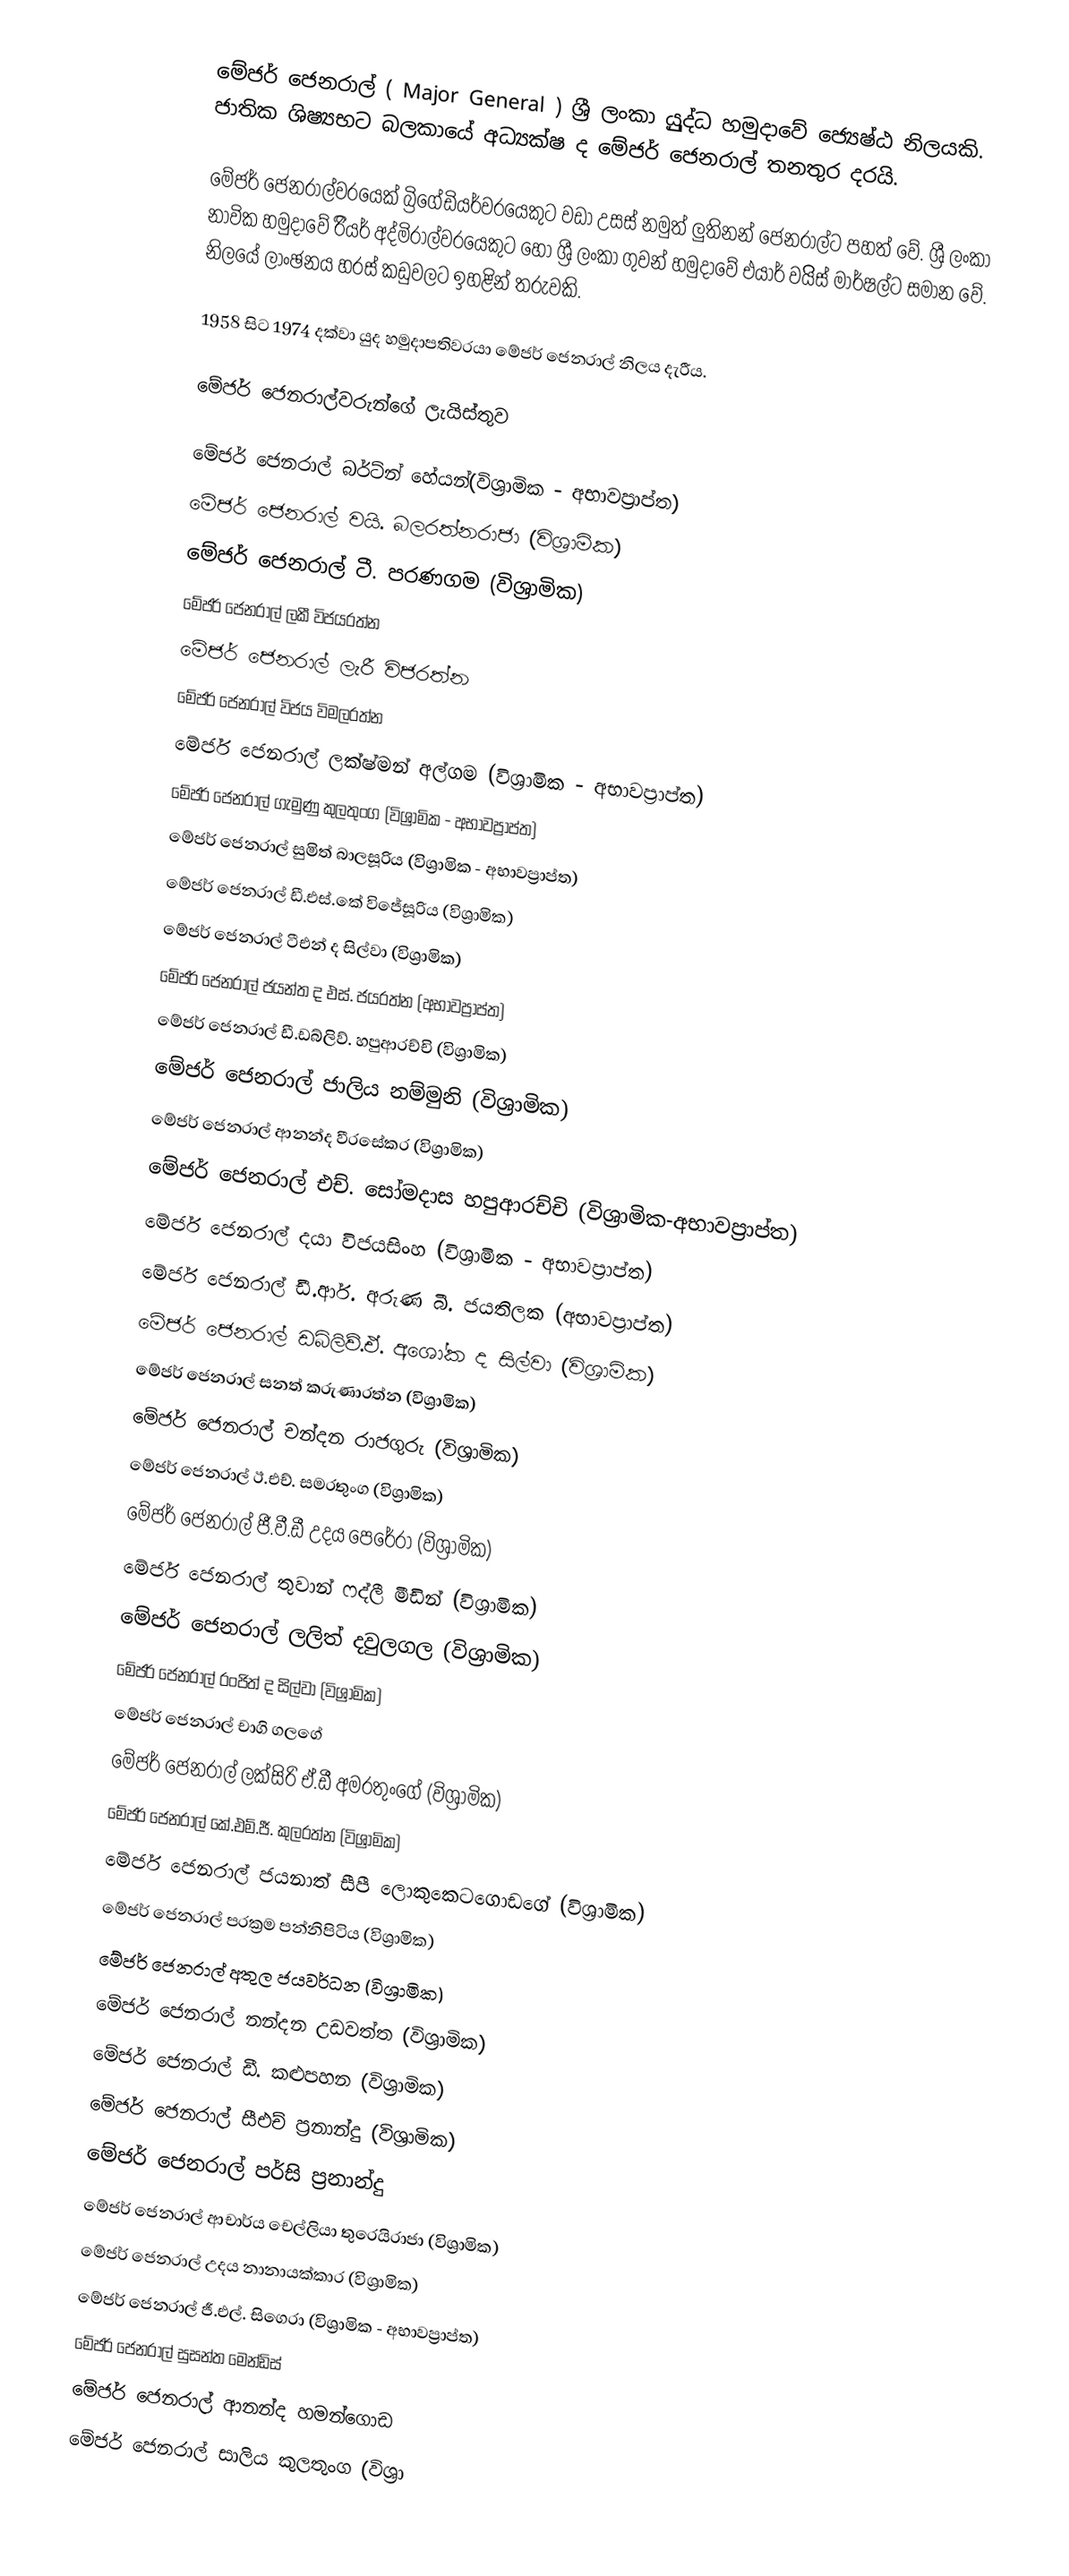
මේජර් ජෙනරාල් ( Major General ) ශ්‍රී ලංකා යුුුුද්ධ හමුදාවේ ජ්‍යෙෂ්ඨ නිලයකි. ජාතික ශිෂ්‍යභට බලකායේ අධ්‍යක්ෂ ද මේජර් ජෙනරාල් තනතුර දරයි.

මේජර් ජෙනරාල්වරයෙක් බ්‍රිගේඩියර්වරයෙකුට වඩා උසස් නමුත් ලුතිනන් ජෙනරාල්ට පහත් වේ. ශ්‍රී ලංකා නාවික හමුදාවේ රිියර් අද්මිරාල්වරයෙකුට හෝ ශ්‍රී ලංකා ගුවන් හමුදාවේ එයාර් වයිිස් මාර්ෂල්ට සමාන වේ. නිලයේ ලාංඡනය හරස් කඩුවලට ඉහළින් තරුවකි.

1958 සිට 1974 දක්වා යුද හමුදාපතිවරයා මේජර් ජෙනරාල් නිලය දැරීය.

මේජර් ජෙනරාල්වරුන්ගේ ලැයිස්තුව

 මේජර් ජෙනරාල් බර්ට්න් හේයන්(විශ්‍රාමික - අභාවප්‍රාප්ත)
 මේජර් ජෙනරාල් වයි. බලරත්නරාජා (විශ්‍රාමික)
 මේජර් ජෙනරාල් ටී. පරණගම (විශ්‍රාමික)
 මේජර් ජෙනරාල් ලකී විජයරත්න
 මේජර් ජෙනරාල් ලැරී විජරත්න
 මේජර් ජෙනරාල් විජය විමලරත්න
 මේජර් ජෙනරාල් ලක්ෂ්මන් අල්ගම (විශ්‍රාමික - අභාවප්‍රාප්ත)
 මේජර් ජෙනරාල් ගැමුණු කුලතුංග (විශ්‍රාමික - අභාවප්‍රාප්ත)
 මේජර් ජෙනරාල් සුමිත් බාලසූරිය (විශ්‍රාමික - අභාවප්‍රාප්ත)
 මේජර් ජෙනරාල් ඩී.එස්.කේ විජේසූරිය (විශ්‍රාමික)
 මේජර් ජෙනරාල් ටීඑන් ද සිල්වා (විශ්‍රාමික)
 මේජර් ජෙනරාල් ජයන්ත ද එස්. ජයරත්න (අභාවප්‍රාප්ත)
 මේජර් ජෙනරාල් ඩී.ඩබ්ලිව්. හපුආරච්චි (විශ්‍රාමික)
 මේජර් ජෙනරාල් ජාලිය නම්මුනි (විශ්‍රාමික)
 මේජර් ජෙනරාල් ආනන්ද වීරසේකර (විශ්‍රාමික)
 මේජර් ජෙනරාල් එච්. සෝමදාස හපුආරච්චි (විශ්‍රාමික-අභාවප්‍රාප්ත)
 මේජර් ජෙනරාල් දයා විජයසිංහ (විශ්‍රාමික - අභාවප්‍රාප්ත)
 මේජර් ජෙනරාල් ඩී.ආර්. අරුණ බී. ජයතිලක (අභාවප්‍රාප්ත)
 මේජර් ජෙනරාල් ඩබ්ලිව්.ඒ. අශෝක ද සිල්වා (විශ්‍රාමික)
 මේජර් ජෙනරාල් සනත් කරුණාරත්න (විශ්‍රාමික)
 මේජර් ජෙනරාල් චන්දන රාජගුරු (විශ්‍රාමික)
 මේජර් ජෙනරාල් ඊ.එච්. සමරතුංග (විශ්‍රාමික)
 මේජර් ජෙනරාල් ජී.වී.ඩී උදය පෙරේරා (විශ්‍රාමික)
 මේජර් ජෙනරාල් තුවාන් ෆද්ලී මීඩින් (විශ්‍රාමික)
 මේජර් ජෙනරාල් ලලිත් දවුලගල (විශ්‍රාමික)
 මේජර් ජෙනරාල් රංජිත් ද සිල්වා (විශ්‍රාමික)
 මේජර් ජෙනරාල් චාගි ගලගේ
 මේජර් ජෙනරාල් ලක්සිරි ඒ.ඩී අමරතුංගේ (විශ්‍රාමික)
 මේජර් ජෙනරාල් කේ.එම්.ජී. කුලරත්න (විශ්‍රාමික)
 මේජර් ජෙනරාල් ජයනාත් සීපී ලොකුකෙටගොඩගේ (විශ්‍රාමික)
 මේජර් ජෙනරාල් පරක්‍රම පන්නිපිටිය (විශ්‍රාමික)
 මේජර් ජෙනරාල් අතුල ජයවර්ධන (විශ්‍රාමික)
 මේජර් ජෙනරාල් නන්දන උඩවත්ත (විශ්‍රාමික)
 මේජර් ජෙනරාල් ඩී. කළුපහන (විශ්‍රාමික)
 මේජර් ජෙනරාල් සීඑච් ප්‍රනාන්දු (විශ්‍රාමික)
 මේජර් ජෙනරාල් පර්සි ප්‍රනාන්දු
 මේජර් ජෙනරාල් ආචාර්ය චෙල්ලියා තුරෙයිරාජා (විශ්‍රාමික)
 මේජර් ජෙනරාල් උදය නානායක්කාර (විශ්‍රාමික)
 මේජර් ජෙනරාල් ජී.එල්. සිගෙරා (විශ්‍රාමික - අභාවප්‍රාප්ත)
 මේජර් ජෙනරාල් සුසන්ත මෙන්ඩිස්
 මේජර් ජෙනරාල් ආනන්ද හමන්ගොඩ
 මේජර් ජෙනරාල් සාලිය කුලතුංග (විශ්‍රා